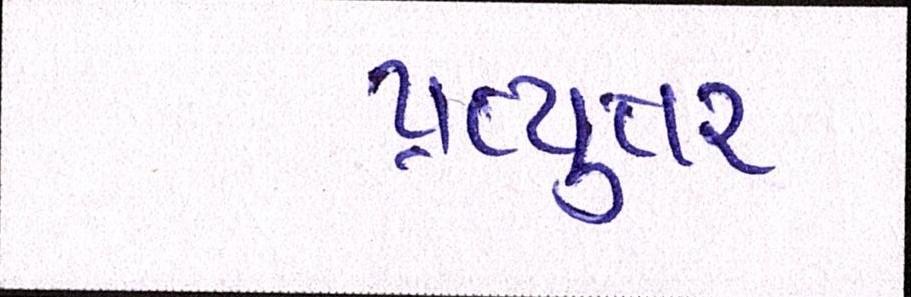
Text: પ્રત્યુતર